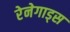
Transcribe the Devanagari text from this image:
रेनेगाड्स